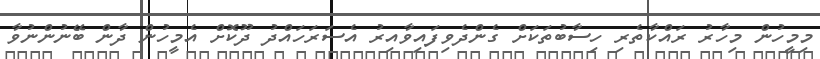
މިމީހުން މިހާރު ރައްކާތެރި ހިސާބުތަކަށް ގެންދެވިފައިވާއިރު އެސަރަހައްދު ދޫކޮށް އެމީހުން ދާން ބޭނުންނުވާ